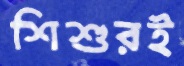
শিশুরই